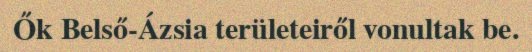
Ők Belső-Ázsia területeiről vonultak be.